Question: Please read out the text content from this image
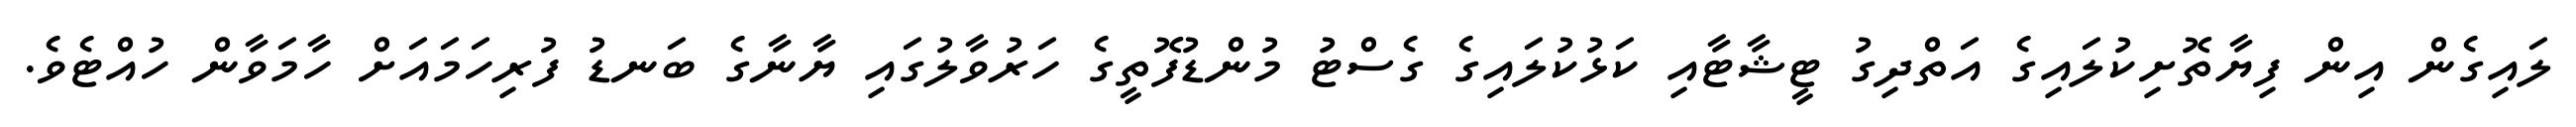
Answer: ލައިގެން އިން ފިޔާތޮށިކުލައިގެ އަތްދިގު ޓީޝާޓާއި ކަޅުކުލައިގެ ގެސްޓު މުންޑުފޮތީގެ ހަރުވާލުގައި ޔާނާގެ ބަނޑު ފުރިހަމައަށް ހާމަވާން ހުއްޓެވެ.